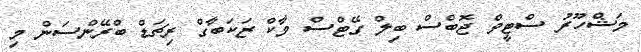
މަޝްހޫރު ސްޓީވް ޖޮބްސް ބިލް ގޭޓްސް މާކް ޒަކަބާގް ރިޗަޑް ބްރޭންސަން މި